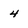
Character: 4